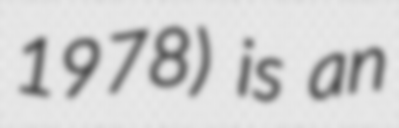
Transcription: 1978) is an